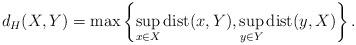
LaTeX: \begin{align*}d_H(X, Y) = \max\left\{ \sup_{x \in X} \mathrm{dist}(x, Y), \sup_{y \in Y} \mathrm{dist}(y, X) \right\}.\end{align*}